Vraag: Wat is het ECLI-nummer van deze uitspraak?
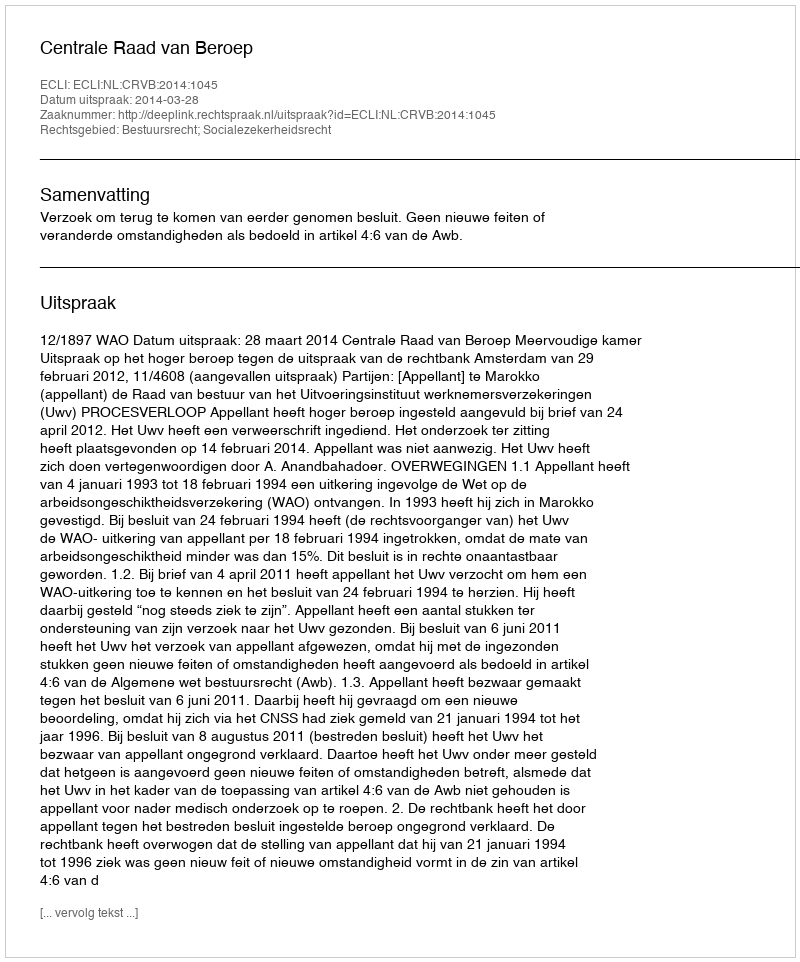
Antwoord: ECLI:NL:CRVB:2014:1045